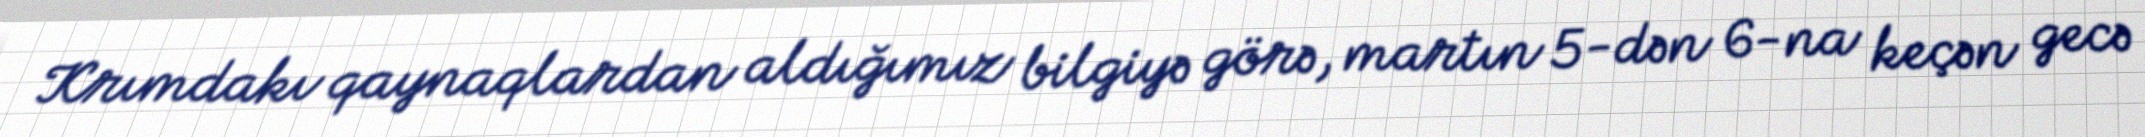
Krımdakı qaynaqlardan aldığımız bilgiyə görə, martın 5-dən 6-na keçən gecə